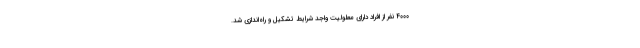
۴۰۰۰ نفر از افراد دارای معلولیت واجد شرایط تشکیل و راه‌اندازی شد.